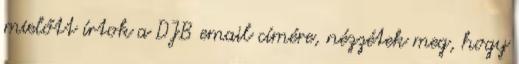
mielőtt írtok a DJB email címére, nézzétek meg, hogy